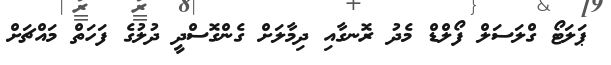
ޕަލަޓޯ ގްލަސަލް ފޯލްޑް މެދު ރޮނގާއި ދިމާލަށް ގެންގޮސްދީ ދުލުގެ ފަހަތް މައްޗަށް